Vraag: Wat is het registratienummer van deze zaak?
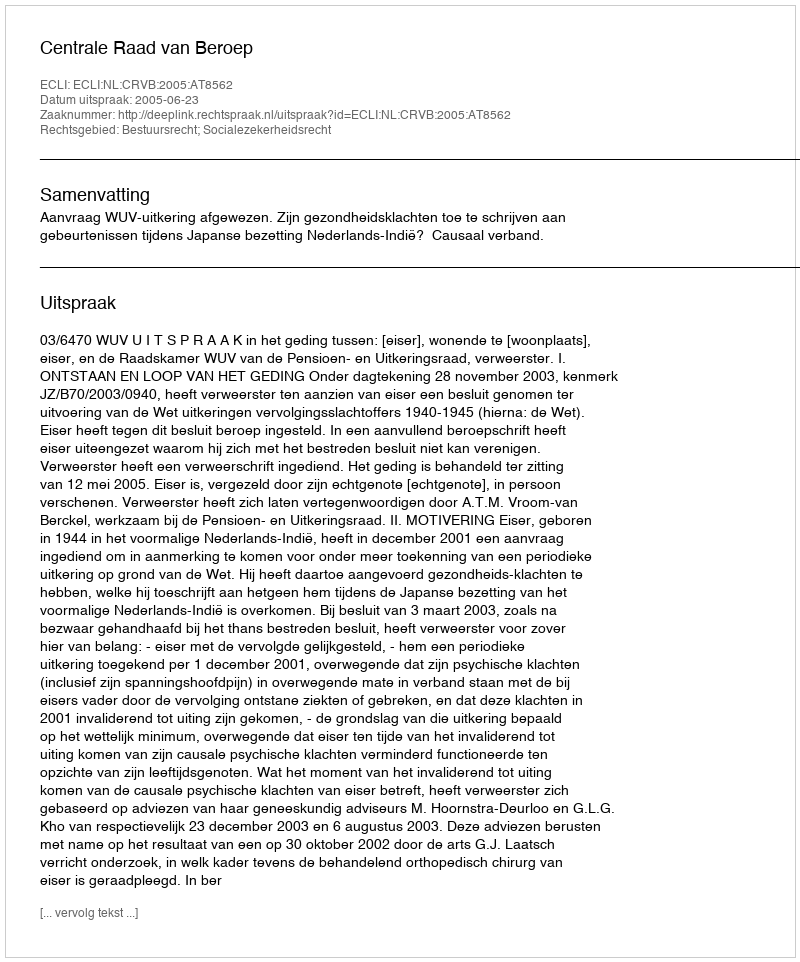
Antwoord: http://deeplink.rechtspraak.nl/uitspraak?id=ECLI:NL:CRVB:2005:AT8562